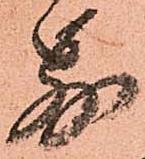
別